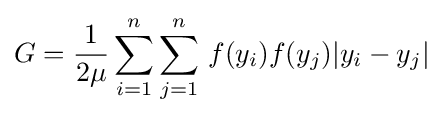
G={\frac {1}{2\mu }}\sum \limits _{i=1}^{n}\sum \limits _{j=1}^{n}\,f(y_{i})f(y_{j})|y_{i}-y_{j}|